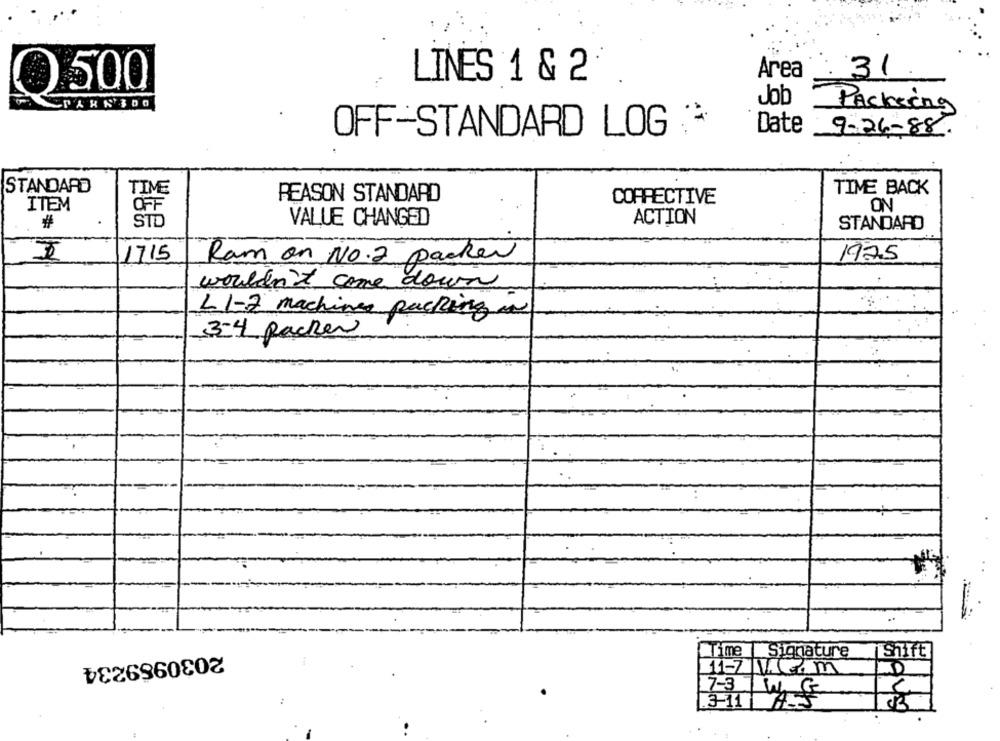
Area
LINES 1 & 2
31
0 500
Job
Packing
OFF-STANDARD LOG
Date
9-26-88.
STANDARD
TIME
TIME BACK
REASON STANDARD
CORRECTIVE
ITEM
OFF
ON
STD
VALUE CHANGED
ACTION
#
STANDARD
1715
Ram on No.2 packer
1975
wouldn't come down
L1-2 machines packing
3-4 packer
Time | Signature
Shift
2030989234
11-7 Cm
7-3
3-11